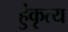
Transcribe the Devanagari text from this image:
हुंकृत्य